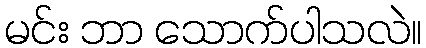
မင်း ဘာ သောက်ပါသလဲ။